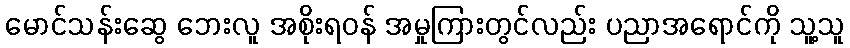
မောင်သန်းဆွေ ဘေးလူ အစိုးရဝန် အမှုကြားတွင်လည်း ပညာအရောင်ကို သူ့သူ